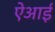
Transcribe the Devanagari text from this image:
ऐआई